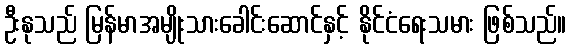
ဦးနုသည် မြန်မာအမျိုးသားခေါင်းဆောင်နှင့် နိုင်ငံရေးသမား ဖြစ်သည်။